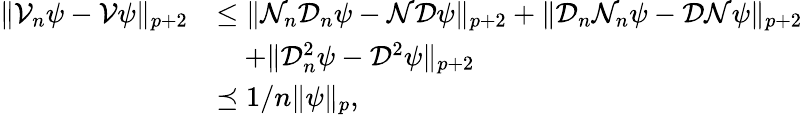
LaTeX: \begin{array}{rl}{\| \mathcal{V}_{n}\psi-\mathcal{V}\psi\| _{p+2}}&{\leq\| \mathcal{N}_{n}\mathcal{D}_{n}\psi-\mathcal{N}\mathcal{D}\psi\| _{p+2}+\| \mathcal{D}_{n}\mathcal{N}_{n}\psi-\mathcal{D}\mathcal{N}\psi\| _{p+2}}\\ &{\quad+\| \mathcal{D}_{n}^{2}\psi-\mathcal{D}^{2}\psi\| _{p+2}}\\ &{\preceq 1/n\| \psi\| _{p},}\end{array}